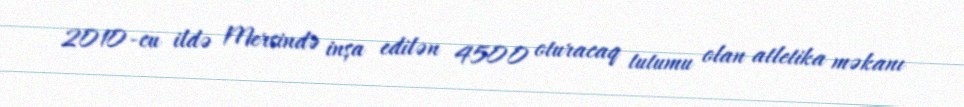
2010-cu ildə Mersində inşa edilən 4500 oturacaq tutumu olan atletika məkanı